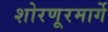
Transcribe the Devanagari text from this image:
शोरणूरमार्गे